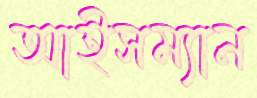
আইসম্যান